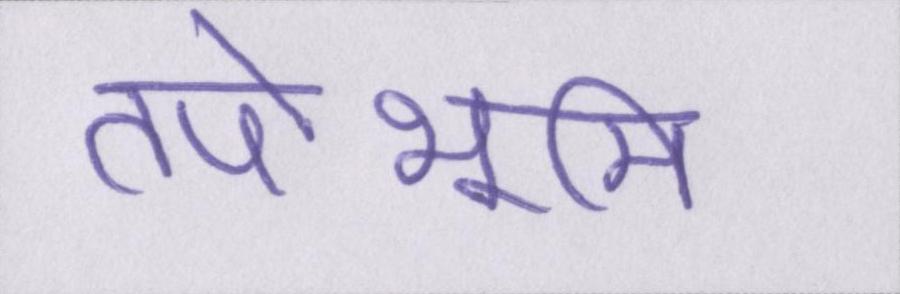
तपोभूमि